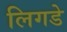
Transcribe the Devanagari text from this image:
लिगडे